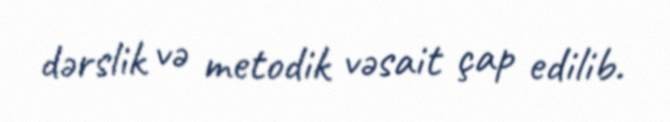
dərslik və metodik vəsait çap edilib.